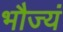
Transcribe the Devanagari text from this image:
भौज्यं